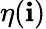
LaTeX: \eta(\mathbf{i})